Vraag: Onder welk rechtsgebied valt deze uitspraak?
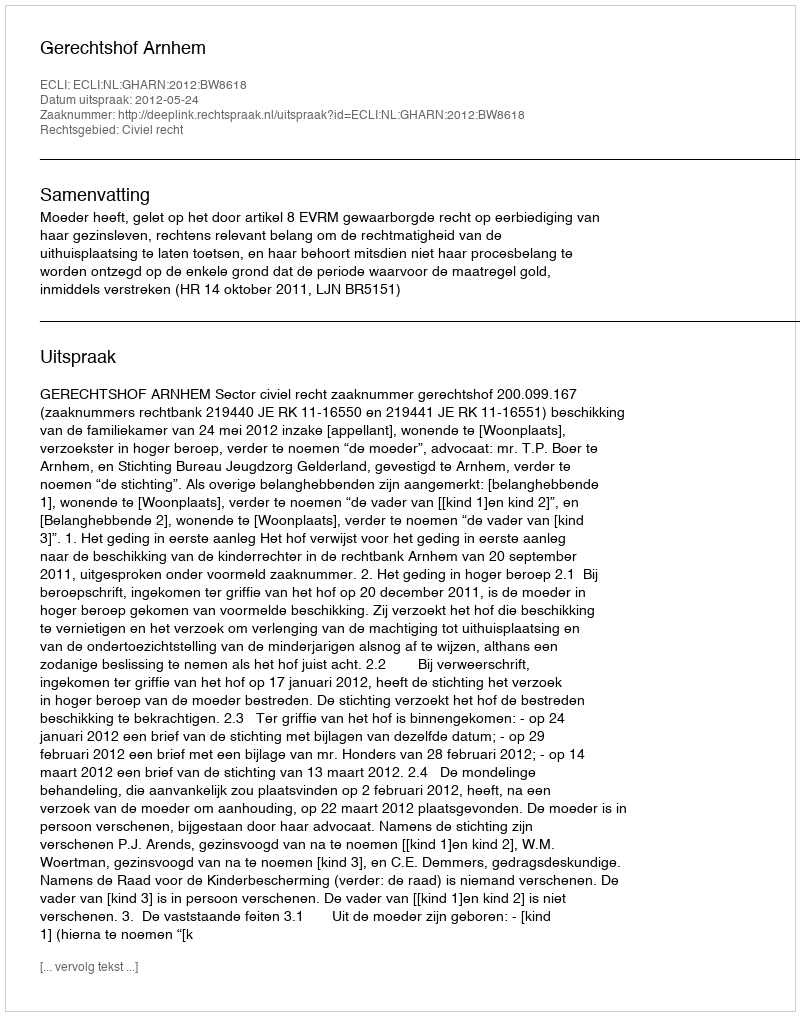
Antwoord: Civiel recht